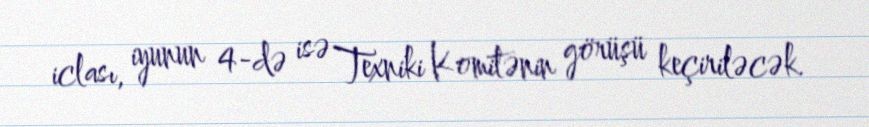
iclası, iyunun 4-də isə Texniki Komitənin görüşü keçiriləcək.